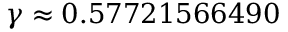
\gamma \approx 0 . 5 7 7 2 1 5 6 6 4 9 0